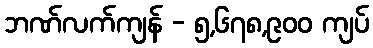
ဘဏ်လက်ကျန် - ၅,၆၇၈,၉၀၀ ကျပ်